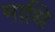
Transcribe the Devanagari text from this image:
माथि